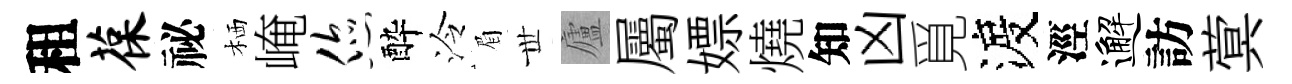
租葆祕栖崦您酔泠眉𠀍廬屬嫖燒知凶覓渡涇邂訪蓂